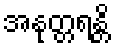
အနုတ္တရန္တိ